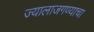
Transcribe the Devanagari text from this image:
ज्यालाजगण्याचा